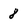
Character: 8